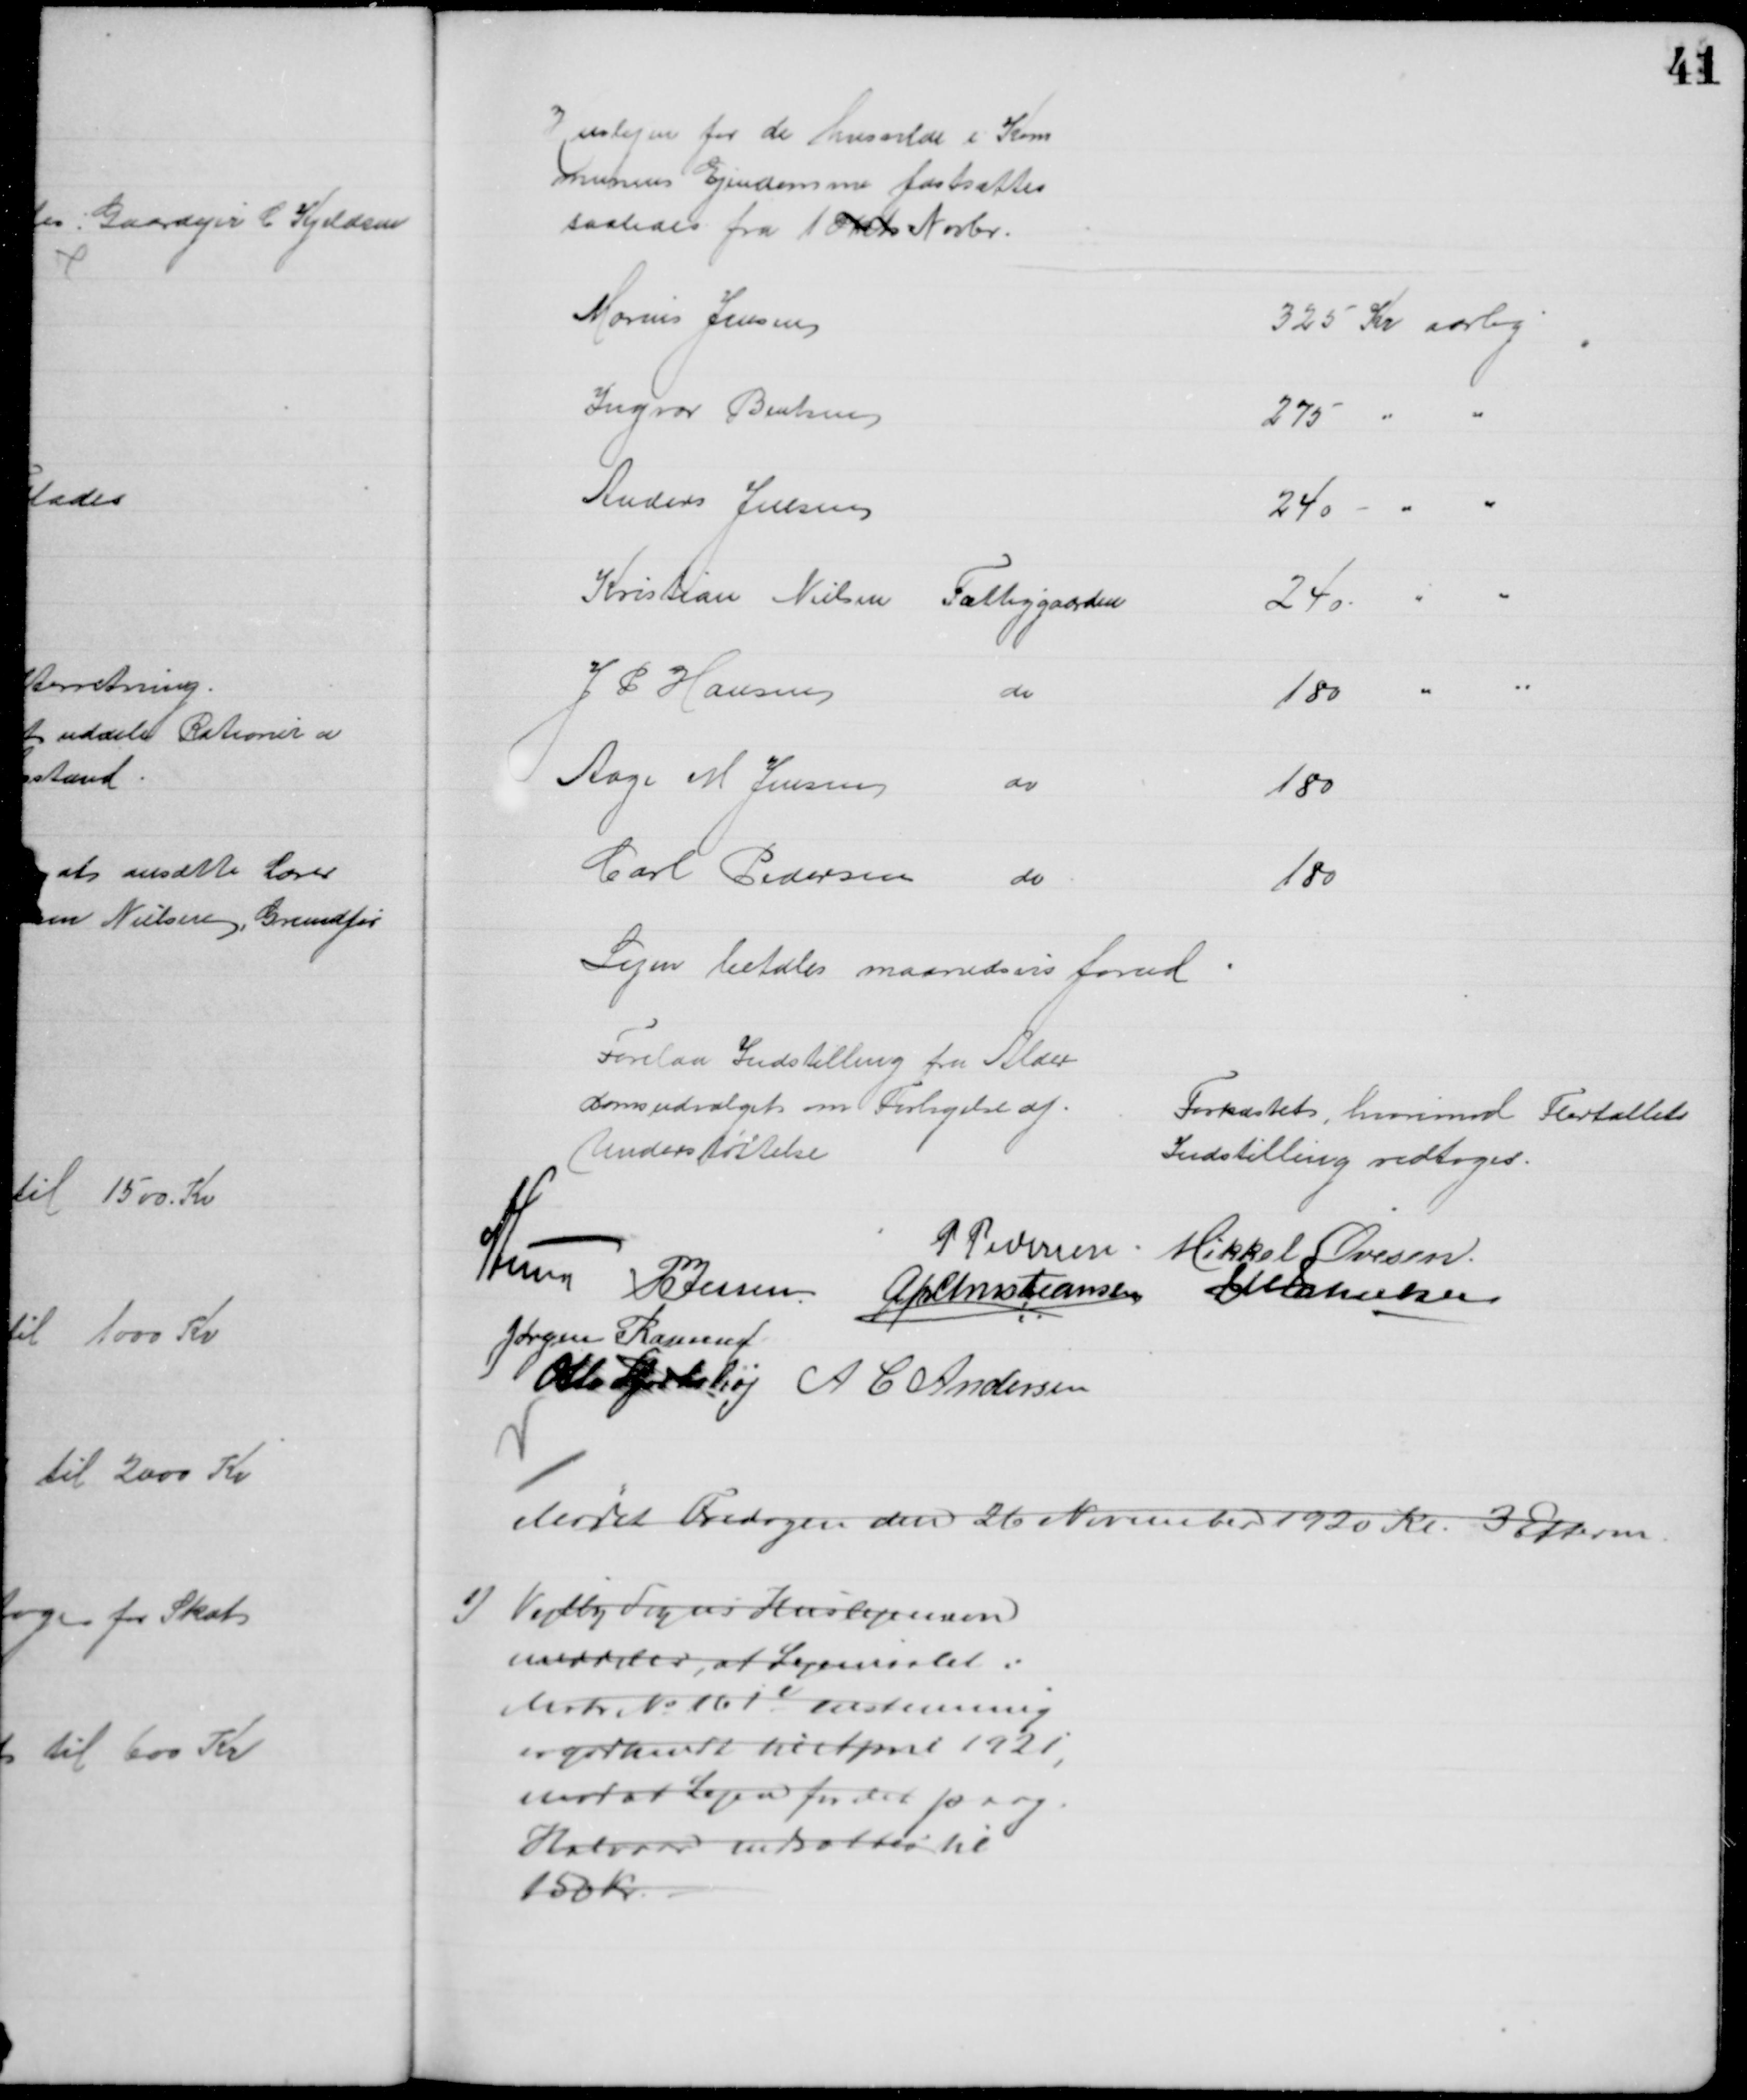
Transskription:
Huslejen for de husvilde i Kom
munens Ejendomme fastsættes
saaledes fra 1 Okt. Novbr.
Marius Jensen
325 Kr aarlig
Ingvar Bentsen
275 
Anders Jensen
240 
Kristian Nielsen Fattiggaarden
240
J P Hansen
do
180
Aage M Jensen 
do
180
Carl Pedersen 
do
180
Lejen betales maanedsvis forud
Forelaa Indstilling fra Alder
domsudvalget om Forhøjelse af
Understøttelse
Forkastet, hvorimod Flertallets
Indstilling vedtoges.
P Pedersen
Mikkel Ovesen
A Lund P Jessen
A P Christiansen
J M Jakobsen
Jørgen Rasmussen
Otto Hjortshøj A C Andersen
Mødet Fredagen den 26 November 1920 Kr. 3 Efterm
1) Vejlby Sogns Huslejenævn
meddeler, at Lejemaalet i
Matr № 161e enstemmig
er godkendt til April 1921,
mod at Lejen for det Paag.
Halvaar nedsættes til
150 Kr.